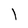
Character: l